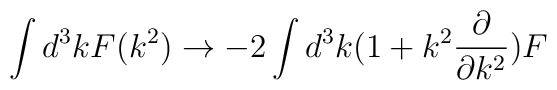
\int d^3k F(k^2) \rightarrow -2\int d^3k(1+k^2 \frac{\partial}{\partial k^2})F